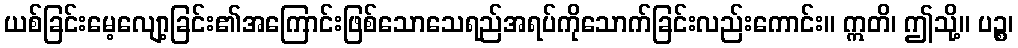
ယစ်ခြင်းမေ့လျော့ခြင်း၏အကြောင်းဖြစ်သောသေရည်အရပ်ကိုသောက်ခြင်းလည်းကောင်း။ ဣတိ၊ ဤသို့။ ပဉ္စ၊